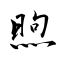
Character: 煦